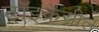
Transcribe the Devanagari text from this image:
ट्रॉइक्रेसील